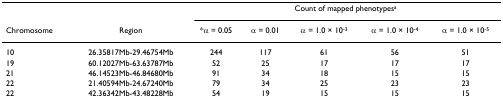
<table><thead><tr><td></td><td></td><td colspan="5"><b>Count of mapped phenotypes<sup>a</sup></b></td></tr><tr><td><b>Chromosome</b></td><td><b>Region</b></td><td><b>*α = 0.05</b></td><td><b>α = 0.01</b></td><td><b>α = 1.0 × 10<sup>-3</sup></b></td><td><b>α = 1.0 × 10<sup>-4</sup></b></td><td><b>α = 1.0 × 10<sup>-5</sup></b></td></tr></thead><tbody><tr><td>10</td><td>26.35817Mb-29.46754Mb</td><td>244</td><td>117</td><td>61</td><td>56</td><td>51</td></tr><tr><td>19</td><td>60.12027Mb-63.63787Mb</td><td>52</td><td>25</td><td>17</td><td>17</td><td>17</td></tr><tr><td>21</td><td>46.14523Mb-46.84680Mb</td><td>91</td><td>34</td><td>18</td><td>15</td><td>15</td></tr><tr><td>22</td><td>21.40594Mb-24.67240Mb</td><td>79</td><td>34</td><td>25</td><td>23</td><td>23</td></tr><tr><td>22</td><td>42.36342Mb-43.48228Mb</td><td>54</td><td>19</td><td>15</td><td>15</td><td>15</td></tr></tbody></table>